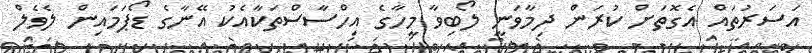
އަސަރުތައް އެގޮތަށް ކުރަން ދިމާވަނީ ލޯބިވާ މީހާގެ އިހްސާސްތަކާއެކު އޭނާގެ ޑޯޕަމައިން ލެވެލް